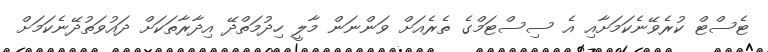
ޓެސްޓް ކުރެވޭނެކަމަށާއި އެ ސިސްޓަމްގެ ތެރެއަށް ވަންނަން މާލީ ހިދުމަތްދޭ އިދާރާތަކަށް ދައުވަތުދޭނެކަމަށް